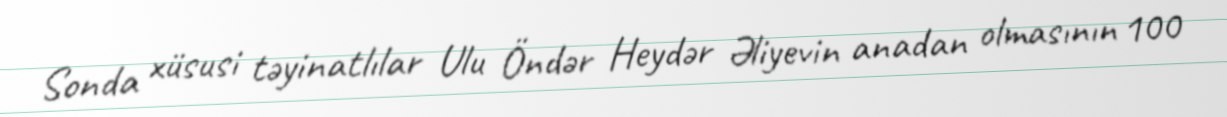
Sonda xüsusi təyinatlılar Ulu Öndər Heydər Əliyevin anadan olmasının 100